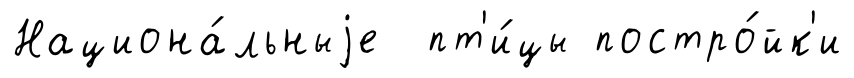
Национа́льныjе пт'и́цы постро́йк'и